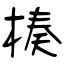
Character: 楱